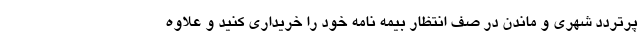
پرتردد شهری و ماندن در صف انتظار بیمه نامه خود را خریداری کنید و علاوه